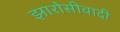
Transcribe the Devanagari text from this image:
झारोसीवादी